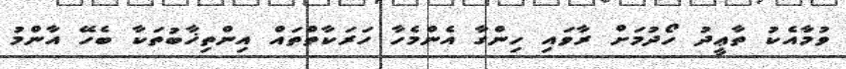
ވުމާއެކު ތާޢީދު ހޯދުމަށް ރާވައި ހިންގާ އެންމެހާ ހަރަކާތްތައް އިންތިޚާބުތަކާ ބެހޭ އާންމު